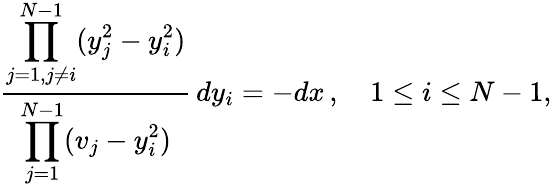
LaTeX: {\frac{\displaystyle\prod_{j=1,j\neq i}^{N-1}(y_{j}^{2}-y_{i}^{2})}{\displaystyle\prod_{j=1}^{N-1}(v_{j}-y_{i}^{2})}}\, dy_{i}=-dx\, ,\quad 1\leq i\leq N-1,